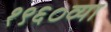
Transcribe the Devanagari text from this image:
१९६०व्या